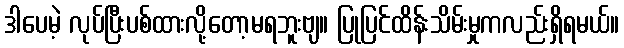
ဒါပေမဲ့ လုပ်ပြီးပစ်ထားလို့တော့မရဘူးဗျ။ ပြုပြင်ထိန်းသိမ်းမှုကလည်းရှိရမယ်။